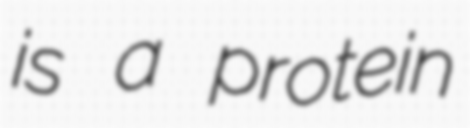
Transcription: is a protein